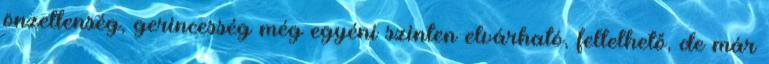
önzetlenség, gerincesség még egyéni szinten elvárható, fellelhető, de már